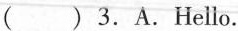
( )3.A.Hello.